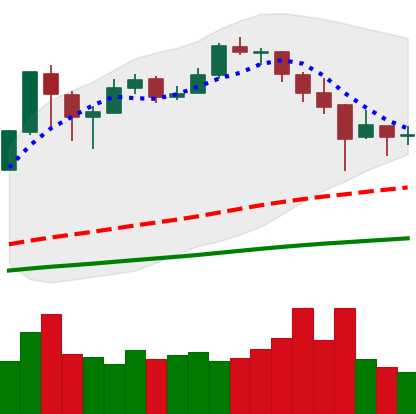
Ticker: BTC-USD
Chart end date: 2017-12-25
Forward return: -7.66%
Label: down_7plus